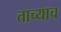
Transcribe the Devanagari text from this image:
ताच्याच